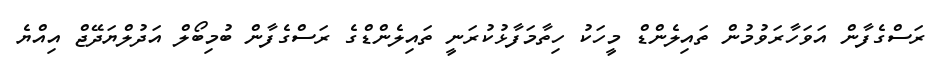
ރަސްގެފާން އަވަހާރަވުމުން ތައިލެންޑް މީހަކު ހިތާމަފާޅުކުރަނީ ތައިލެންޑްގެ ރަސްގެފާން ބުމިބޯލް އަދުލްޔަދޭޖް އިއްޔެ